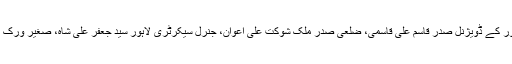
اس موقع پر شیعہ علماء کونسل لاہور کے ڈویژنل صدر قاسم علی قاسمی، ضلعی صدر ملک شوکت علی اعوان، جنرل سیکرٹری لاہور سید جعفر علی شاہ، صغیر ورک اور سجاد جعفری بھی موجود تھے۔